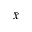
\bar { x }